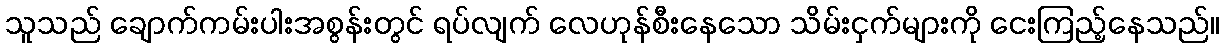
သူသည် ချောက်ကမ်းပါးအစွန်းတွင် ရပ်လျက် လေဟုန်စီးနေသော သိမ်းငှက်များကို ငေးကြည့်နေသည်။